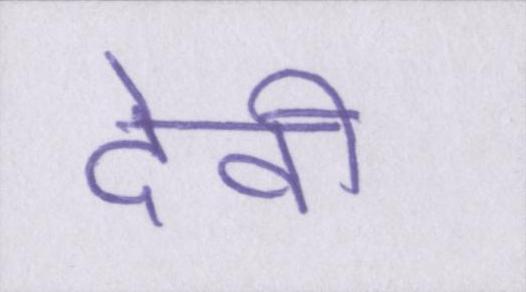
देवी